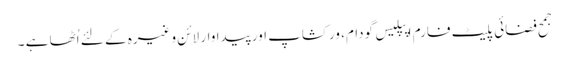
جمح فضائی پلیٹ فارم اپپلیس گودام، ورکشاپ اور پیداوار لائن وغیرہ کے لئے اُٹھا ہے ۔